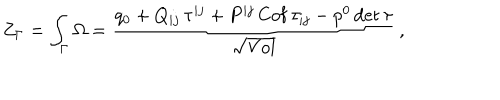
LaTeX: Z _ { \Gamma } = \int _ { \Gamma } \Omega = { \frac { q _ { 0 } + Q _ { i j } \, \tau ^ { i j } + P ^ { i j } \, \mathrm { C o f } \, \tau _ { i j } - p ^ { 0 } \, \mathrm { d e t } \, \tau } { \sqrt \mathrm { V o l } } } \, ,